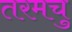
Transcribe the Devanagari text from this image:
तरमचु